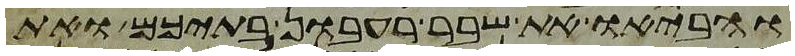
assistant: והביאו את שבר רעבון בתיכם ואת